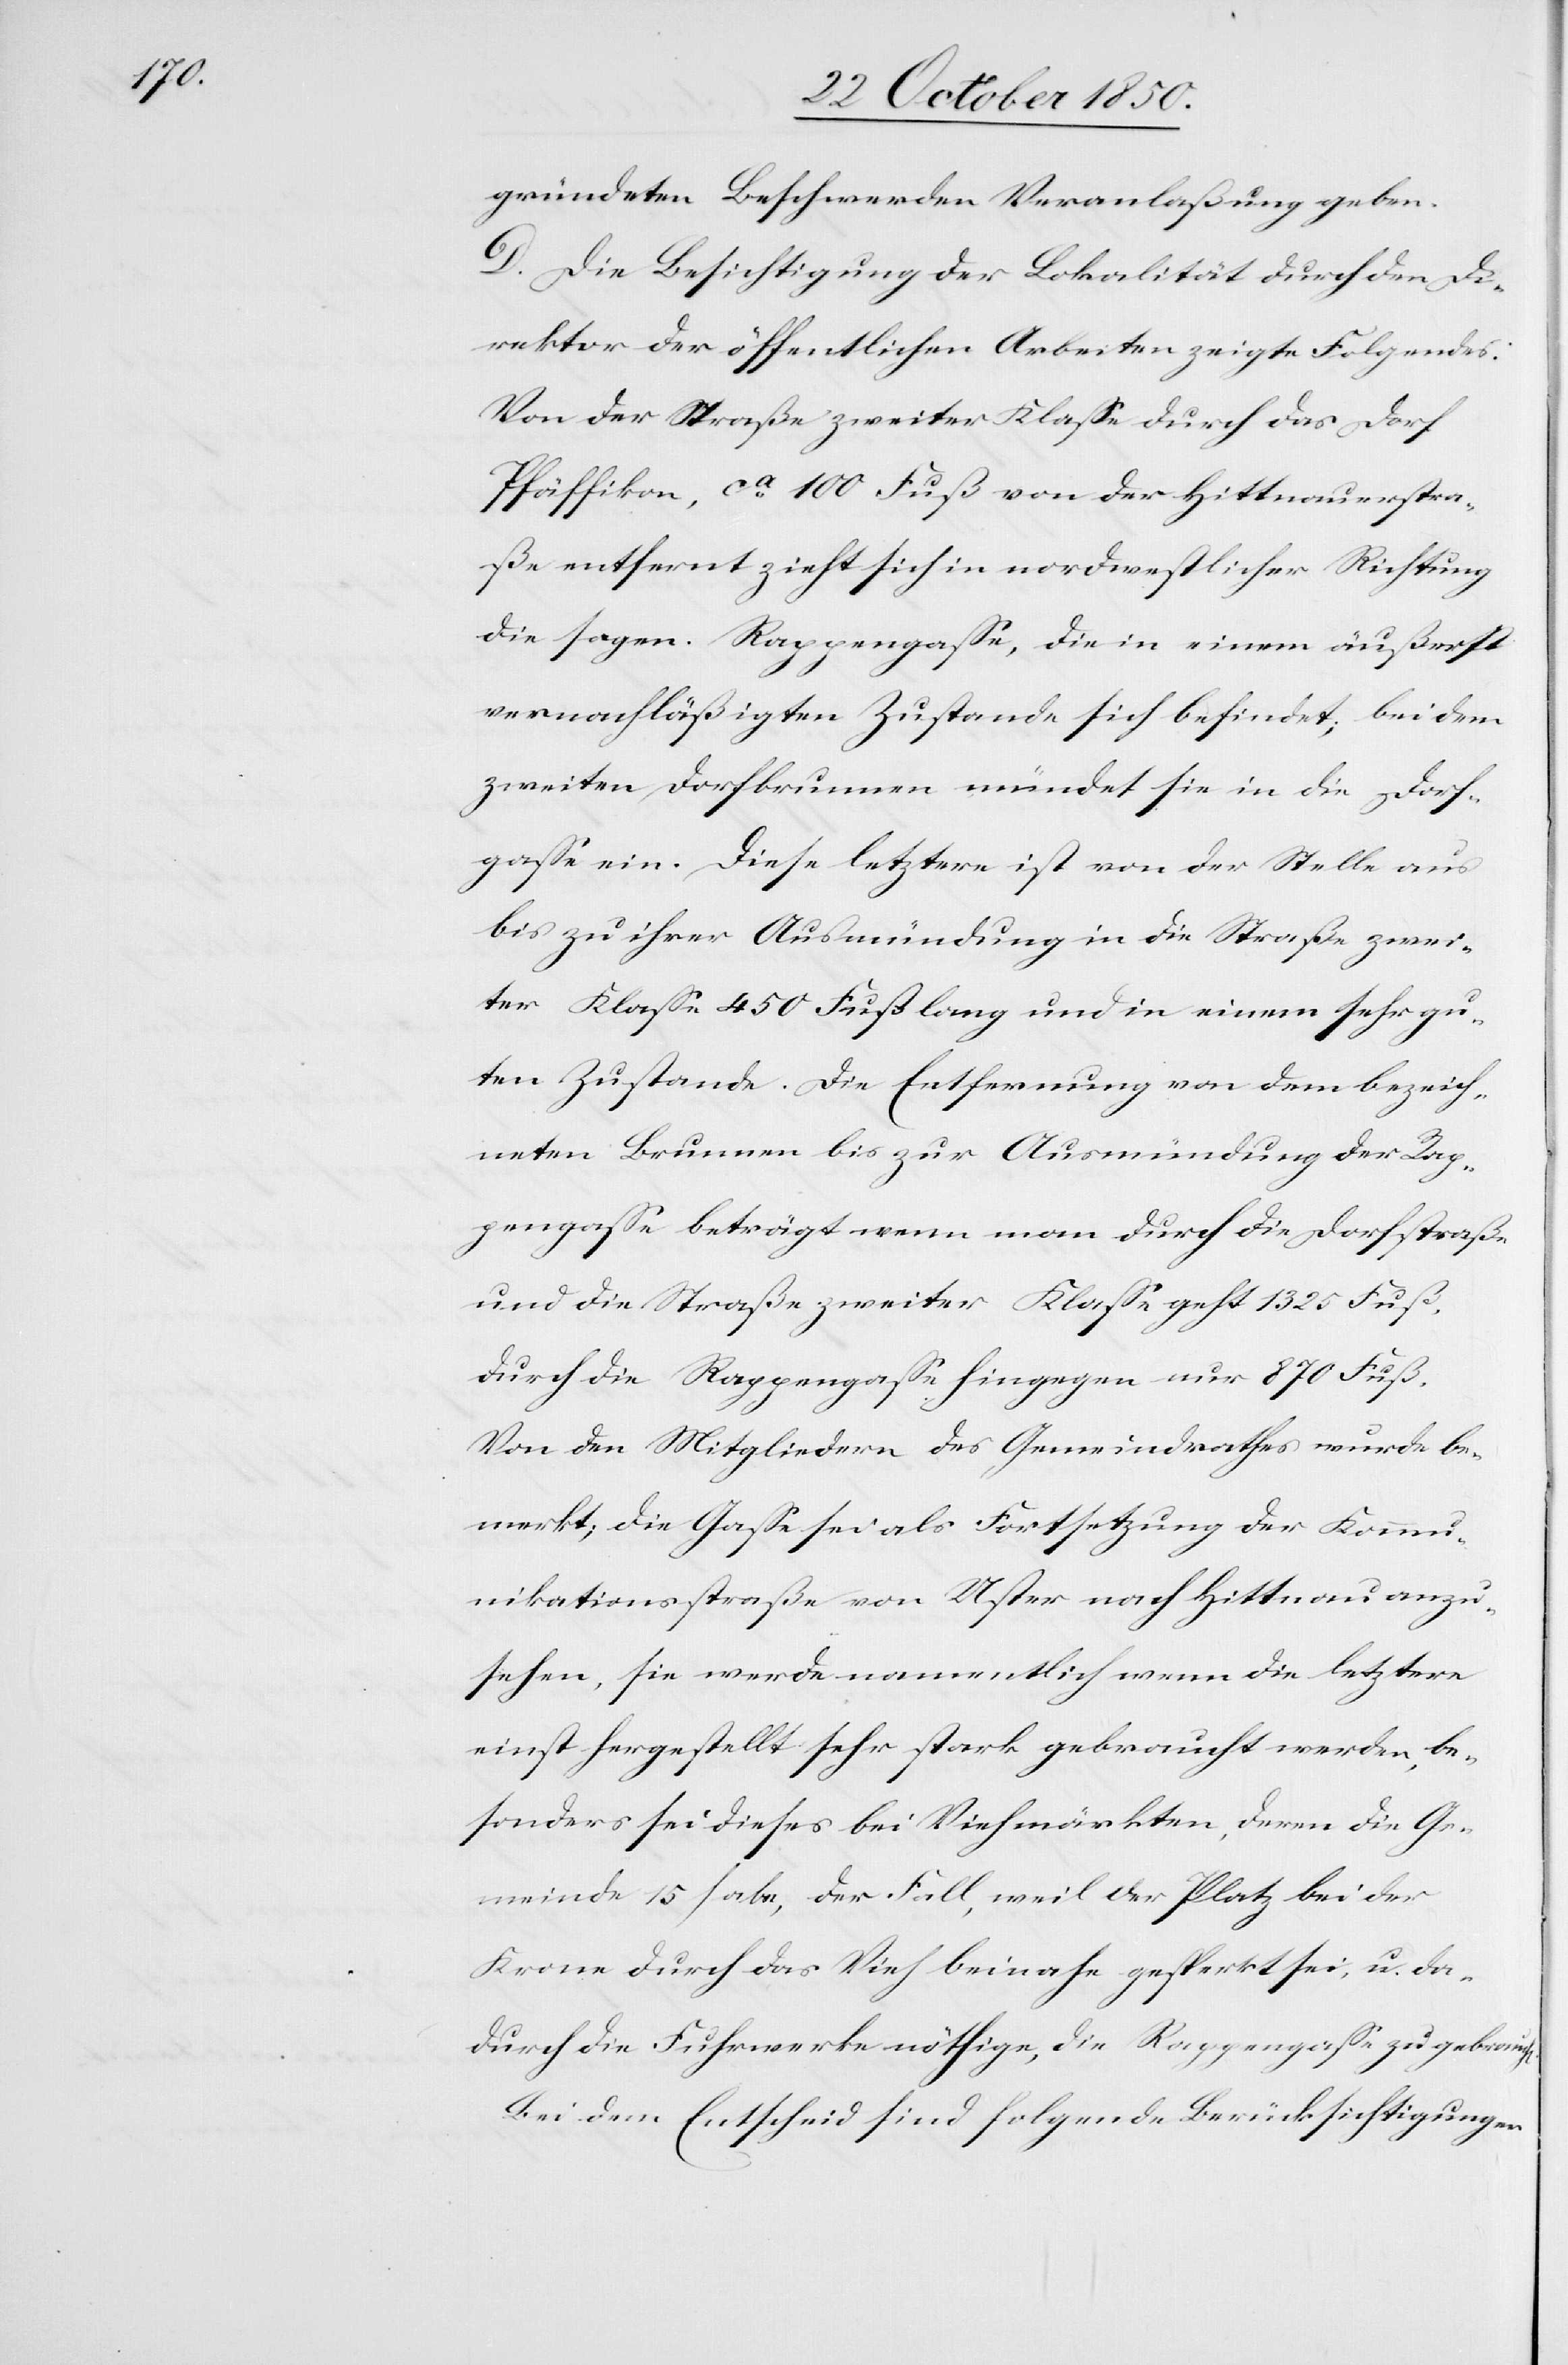
h[en].

gründeten Beschwerden Veranlaßung geben.
D. Die Besichtigung der Lokalität durch den Di¬
rektor der öffentlichen Arbeiten zeigte Folgendes:
Von der Straße zweiter Klasse durch das Dorf
Pfäffikon, ca 100 Fuß von der Hittnauerstra¬
ße entfernt zieht sich in nordwestlicher Richtung
die sogen. Rappengasse, die in einem äußerst
vernachläßigten Zustande sich befindet, bei dem
zweiten Dorfbrunnen mündet sie in die Dorf¬
gasse ein. Diese letztere ist von der Stelle aus
bis zu ihrer Ausmündung in die Straße zwei¬
ter Klasse 450 Fuß lang und in einem sehr gu¬
ten Zustande. Die Entfernung von dem bezeich¬
neten Brunnen bis zur Ausmündung der Rap¬
pengasse beträgt wenn man durch die Dorfstraße
und die Straße zweiter Klasse geht 1325 Fuß,
durch die Rappengasse hingegen nur 870 Fuß.
Von den Mitgliedern des Gemeindrathes wurde be¬
merkt; die Gasse sei als Fortsetzung der Kommu¬
nikationsstraße von Uster nach Hittnau anzu¬
sehen, sie werde namentlich wenn die letztere
einst hergestellt sehr stark gebraucht werden, be¬
sonders sei dieses bei Viehmärkten, deren die Ge¬
meinde 15 habe, der Fall, weil der Platz bei der
Krone durch das Vieh beinahe gesperrt sei, u. da¬
durch die Fuhrwerke nöthige, die Rappengasse zu gebrauc¬
Bei dem Entscheid sind folgende Berücksichtigungen